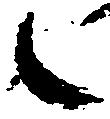
之